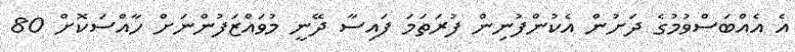
އެ އެއްބަސްވުމުގެ ދަށުން އެކުންފުނިން ފުރަތަމަ ފައިސާ ދޭނީ މުވައްޒަފުންނަށް ހާއްސަކޮށް 80